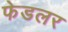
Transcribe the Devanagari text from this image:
फेडलर